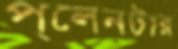
প্লেনটার